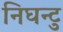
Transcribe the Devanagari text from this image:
निघन्टु